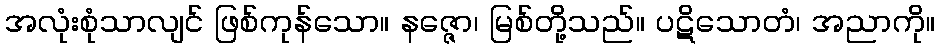
အလုံးစုံသာလျင် ဖြစ်ကုန်သော။ နဇ္ဇော၊ မြစ်တို့သည်။ ပဋိသောတံ၊ အညာကို။